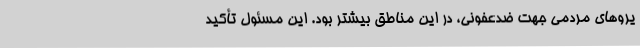
یروهای مردمی جهت ضدعفونی، در این مناطق بیشتر بود. این مسئول تأکید